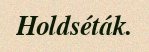
Holdséták.